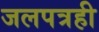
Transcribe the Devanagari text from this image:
जलपत्रही